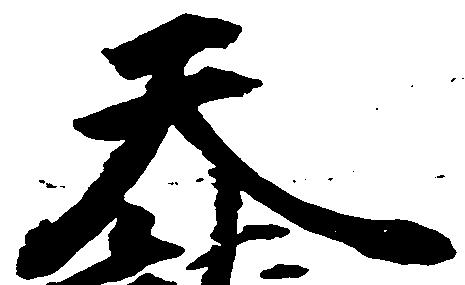
天